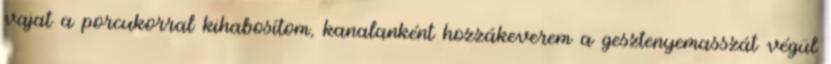
vajat a porcukorral kihabosítom, kanalanként hozzákeverem a gesztenyemasszát végül